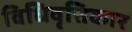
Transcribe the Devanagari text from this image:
विधिवृत्तिकार